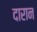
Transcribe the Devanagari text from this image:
दारान